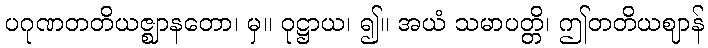
ပဂုဏတတိယဇ္ဈာနတော၊ မှ။ ဝုဋ္ဌာယ၊ ၍။ အယံ သမာပတ္တိ၊ ဤတတိယဈာန်